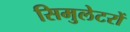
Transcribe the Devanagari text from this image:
सिमुलेटरों